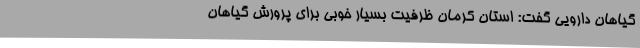
گیاهان دارویی گفت: استان کرمان ظرفیت بسیار خوبی برای پرورش گیاهان